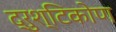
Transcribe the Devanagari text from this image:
द्रुश्टिकोण